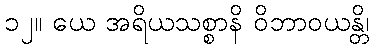
၁၂။ ယေ အရိယသစ္စာနိ ဝိဘာဝယန္တိ၊